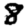
Digit: 8